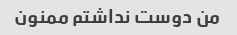
من دوست نداشتم ممنون